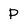
Character: p